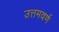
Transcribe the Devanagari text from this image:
उत्तमवर्ण